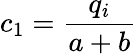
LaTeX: c_{1}=\frac{q_{i}}{a+b}